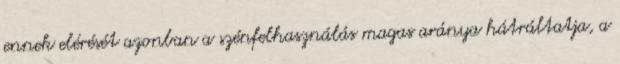
ennek elérését azonban a szénfelhasználás magas aránya hátráltatja, a